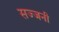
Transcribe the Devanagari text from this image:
सज्जनी